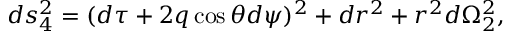
d s _ { 4 } ^ { 2 } = ( d \tau + 2 q \cos \theta d \psi ) ^ { 2 } + d r ^ { 2 } + r ^ { 2 } d \Omega _ { 2 } ^ { 2 } ,